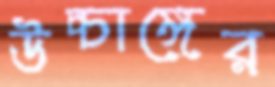
উচ্চাঙ্গের